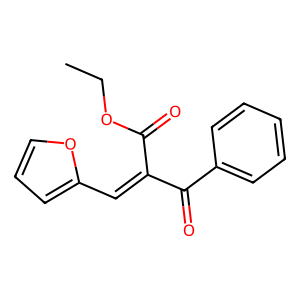
SMILES: CCOC(=O)C(=Cc1ccco1)C(=O)c1ccccc1
Inhibits HIV replication: No